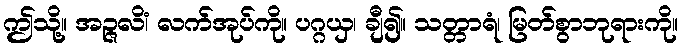
ဤသို့။ အဉ္ဇလိံ၊ လက်အုပ်ကို။ ပဂ္ဂယှ၊ ချီ၍။ သတ္တာရံ၊ မြတ်စွာဘုရားကို။